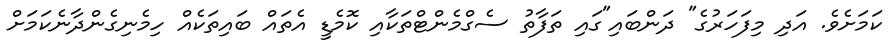
ކަމަށެވެ. އަދި މިފަހަރުގެ" ދަންބައި"ގައި ތަފާތު ސެގްމެންޓްތަކާއި ކޮމެޑީ އެތައް ބައިތަކެއް ހިމެނިގެންދާނެކަމަށް